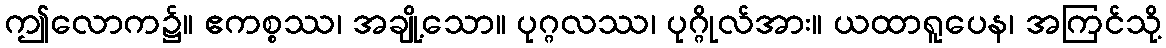
ဤလောက၌။ ဧကစ္စဿ၊ အချို့သော။ ပုဂ္ဂလဿ၊ ပုဂ္ဂိုလ်အား။ ယထာရူပေန၊ အကြင်သို့